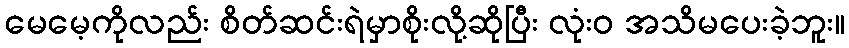
မေမေ့ကိုလည်း စိတ်ဆင်းရဲမှာစိုးလို့ဆိုပြီး လုံးဝ အသိမပေးခဲ့ဘူး။